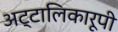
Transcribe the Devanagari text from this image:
अट्टालिकारूपी